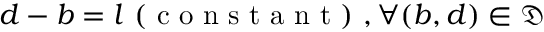
d - b = l \mathrm { ~ ( ~ c ~ o ~ n ~ s ~ t ~ a ~ n ~ t ~ ) ~ } , \forall ( b , d ) \in \mathfrak { D }